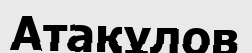
Атақұлов